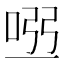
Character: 𠴀